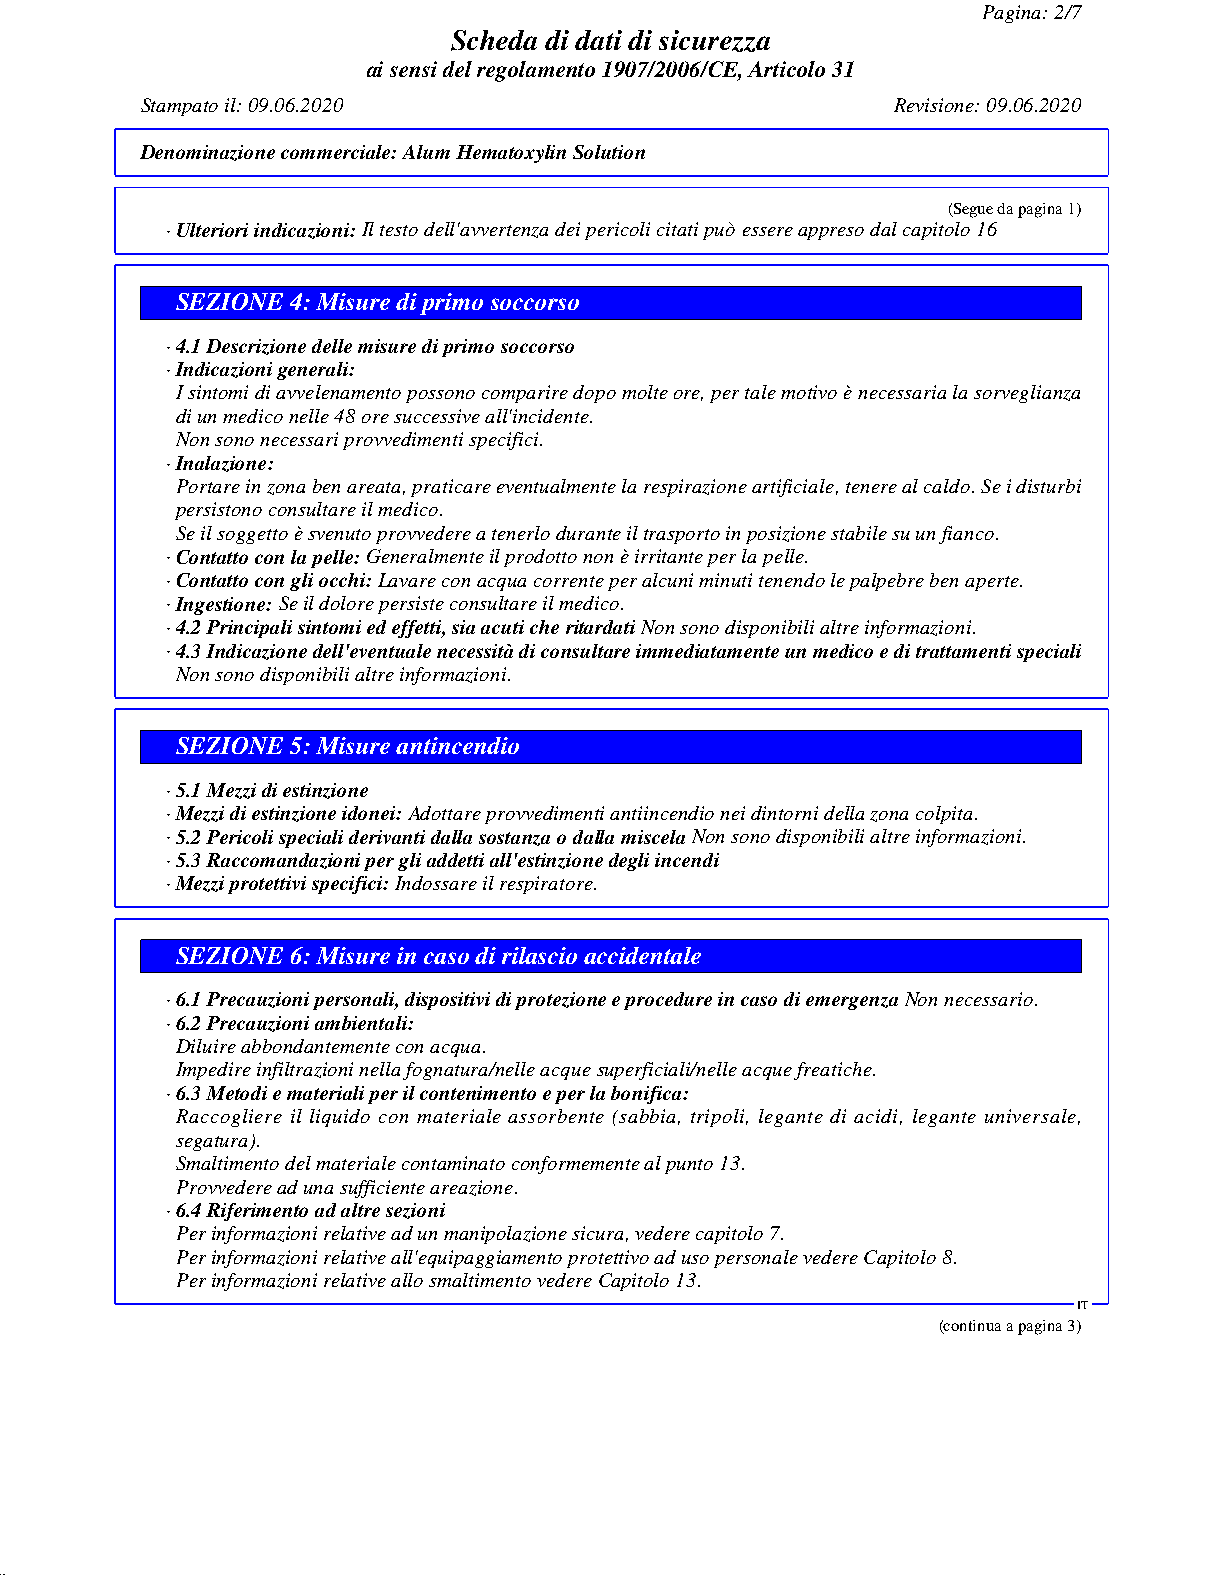
Pagina: 2/7
 Scheda di dati di sicurezza
 ai sensi del regolamento 1907/2006/CE, Articolo 31
 Stampato il: 09.06.2020                           Revisione: 09.06.2020
 Denominazione commerciale:Alum Hematoxylin Solution
 (Segue da pagina 1)
 · Ulteriori indicazioni:Il testo dell'avvertenza dei pericoli citati può essere appreso dal capitolo 16
 SEZIONE 4: Misure di primo soccorso
 · 4.1 Descrizione delle misure di primo soccorso
 · Indicazioni generali:
 I sintomi di avvelenamento possono comparire dopo molte ore, per tale motivo è necessaria la sorveglianza
 di un medico nelle 48 ore successive all'incidente.
 Non sono necessari provvedimenti specifici.
 · Inalazione:
 Portare in zona ben areata, praticare eventualmente la respirazione artificiale, tenere al caldo. Se i disturbi
 persistono consultare il medico.
 Se il soggetto è svenuto provvedere a tenerlo durante il trasporto in posizione stabile su un fianco.
 · Contatto con la pelle:Generalmente il prodotto non è irritante per la pelle.
 · Contatto con gli occhi:Lavare con acqua corrente per alcuni minuti tenendo le palpebre ben aperte.
 · Ingestione:Se il dolore persiste consultare il medico.
 · 4.2 Principali sintomi ed effetti, sia acuti che ritardatiNon sono disponibili altre informazioni.
 · 4.3 Indicazione dell'eventuale necessità di consultare immediatamente un medico e di trattamenti speciali
 Non sono disponibili altre informazioni.
 SEZIONE 5: Misure antincendio
 · 5.1 Mezzi di estinzione
 · Mezzi di estinzione idonei:Adottare provvedimenti antiincendio nei dintorni della zona colpita.
 · 5.2 Pericoli speciali derivanti dalla sostanza o dalla miscelaNon sono disponibili altre informazioni.
 · 5.3 Raccomandazioni per gli addetti all'estinzione degli incendi
 · Mezzi protettivi specifici:Indossare il respiratore.
 SEZIONE 6: Misure in caso di rilascio accidentale
 · 6.1 Precauzioni personali, dispositivi di protezione e procedure in caso di emergenzaNon necessario.
 · 6.2 Precauzioni ambientali:
 Diluire abbondantemente con acqua.
 Impedire infiltrazioni nella fognatura/nelle acque superficiali/nelle acque freatiche.
 · 6.3 Metodi e materiali per il contenimento e per la bonifica:
 Raccogliere il liquido con materiale assorbente (sabbia, tripoli, legante di acidi, legante universale,
 segatura).
 Smaltimento del materiale contaminato conformemente al punto 13.
 Provvedere ad una sufficiente areazione.
 · 6.4 Riferimento ad altre sezioni
 Per informazioni relative ad un manipolazione sicura, vedere capitolo 7.
 Per informazioni relative all'equipaggiamento protettivo ad uso personale vedere Capitolo 8.
 Per informazioni relative allo smaltimento vedere Capitolo 13.
 IT
 (continua a pagina 3)
 51.0.2